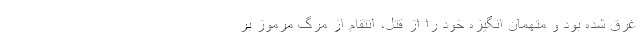
غرق شده بود و متهمان انگیزه خود را از قتل، انتقام از مرگ مرموز بر